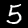
Label: 5